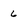
Character: 6